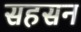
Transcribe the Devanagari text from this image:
सहसन